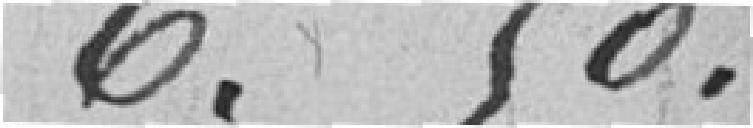
6.50